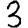
Digit: 3